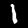
Digit: 1